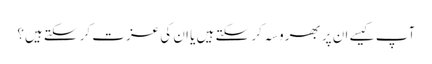
آپ کیسے ان پر بھروسہ کر سکتے ہیں یا ان کی عزت کر سکتے ہیں؟